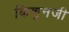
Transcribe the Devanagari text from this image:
किशुनजी